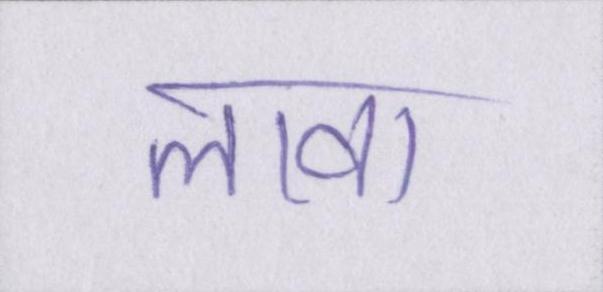
लावा